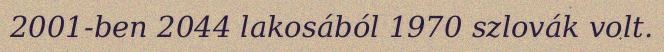
2001-ben 2044 lakosából 1970 szlovák volt.